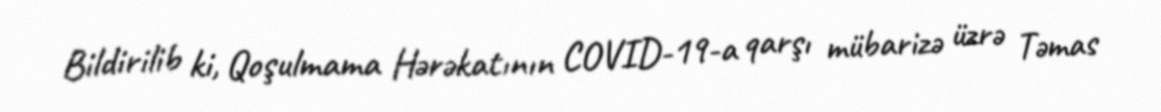
Bildirilib ki, Qoşulmama Hərəkatının COVID-19-a qarşı mübarizə üzrə Təmas